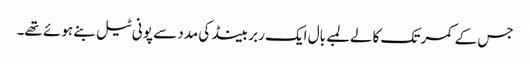
جس کے کمر تک کالےلمبے بال ایک ربر بینڈ کی مدد سے پونی ٹیل بنے ہوئے تھے۔